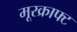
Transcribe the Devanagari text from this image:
मूरक्राफ्ट